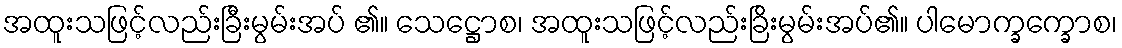
အထူးသဖြင့်လည်းခြီးမွမ်းအပ် ၏။ သေဋ္ဌောစ၊ အထူးသဖြင့်လည်းခြိးမွမ်းအပ်၏။ ပါမောက္ခက္ခောစ၊